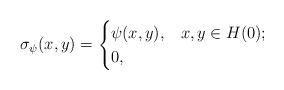
LaTeX: \begin{align*}\sigma_\psi(x,y)=\begin{cases} \psi(x,y), & x,y\in H(0);\\0, & \end{cases}\end{align*}